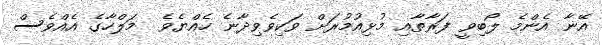
އޭނާ އެންމެ ލޯބިވީ ފަރާތާއި މުޅިއުމުރަށް ވަކިވެވިދާނެ ހެއްޔެވެ  މަލްހާގެ އެއްވެސް